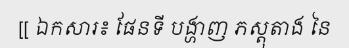
[[ ឯកសារ៖ ផែនទី បង្ហាញ ភស្តុតាង នៃ